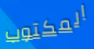
المكتوب